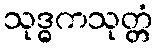
သုဒ္ဓကသုတ္တံ